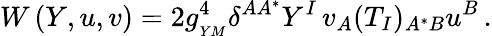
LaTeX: W\left(Y,u,v\right)=2g_{_{YM}}^{4}\delta^{AA^{*}}Y^{I}\, v_{A}(T_{I})_{A^{*}B}u^{B}\, .